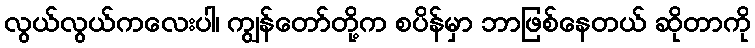
လွယ်လွယ်ကလေးပါ၊ ကျွန်တော်တို့က စပိန်မှာ ဘာဖြစ်နေတယ် ဆိုတာကို